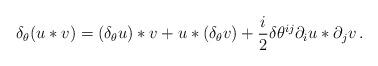
LaTeX: \begin{align*} \delta_\theta (u*v) = (\delta_\theta u) *v + u* (\delta_\theta v) + \frac i2 \delta\theta^{ij} \partial_i u * \partial_j v \,.\end{align*}